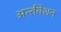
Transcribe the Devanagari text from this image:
अर्न्तवेशन